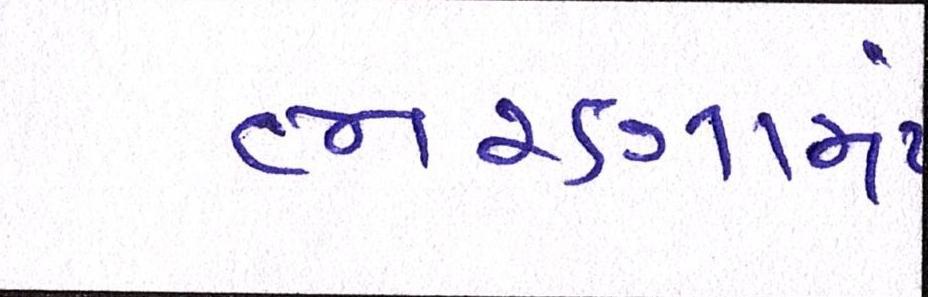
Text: ભરણામાં